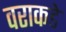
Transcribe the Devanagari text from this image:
वराकडे